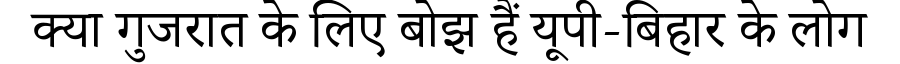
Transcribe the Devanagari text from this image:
क्या गुजरात के लिए बोझ हैं यूपी-बिहार के लोग